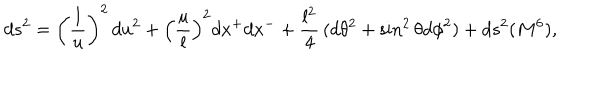
d s ^ { 2 } = \left( \frac { l } { u } \right) ^ { 2 } \, d u ^ { 2 } + \left( \frac { u } { l } \right) ^ { 2 } d x ^ { + } d x ^ { - } + \frac { l ^ { 2 } } { 4 } \, ( d \theta ^ { 2 } + \sin ^ { 2 } \theta d \phi ^ { 2 } ) + d s ^ { 2 } ( M ^ { 6 } ) ,